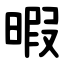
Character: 暇